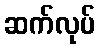
ဆက်လုပ်